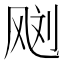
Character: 𱃙